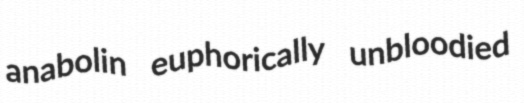
anabolin euphorically unbloodied